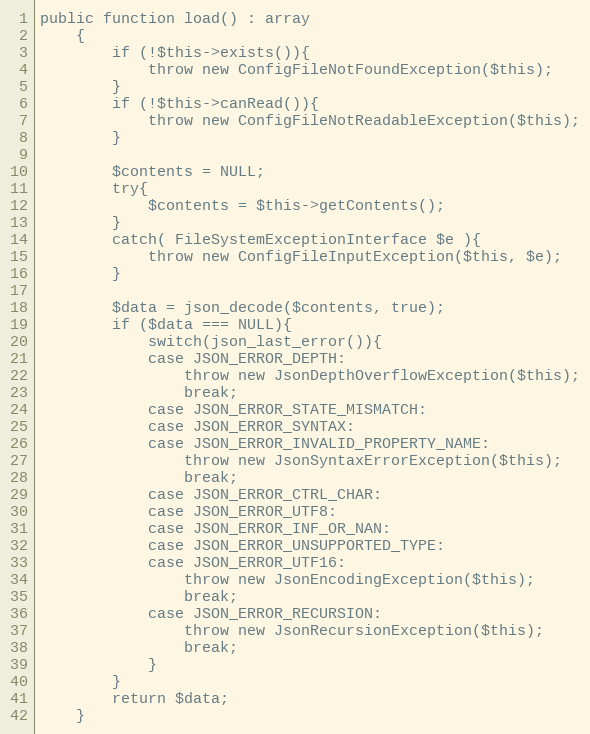
Language: PHP
public function load() : array
    {
        if (!$this->exists()){
            throw new ConfigFileNotFoundException($this);
        }
        if (!$this->canRead()){
            throw new ConfigFileNotReadableException($this);
        }

        $contents = NULL;
        try{
            $contents = $this->getContents();
        }
        catch( FileSystemExceptionInterface $e ){
            throw new ConfigFileInputException($this, $e);
        }

        $data = json_decode($contents, true);
        if ($data === NULL){
            switch(json_last_error()){
            case JSON_ERROR_DEPTH:
                throw new JsonDepthOverflowException($this);
                break;
            case JSON_ERROR_STATE_MISMATCH:
            case JSON_ERROR_SYNTAX:
            case JSON_ERROR_INVALID_PROPERTY_NAME:
                throw new JsonSyntaxErrorException($this);
                break;
            case JSON_ERROR_CTRL_CHAR:
            case JSON_ERROR_UTF8:
            case JSON_ERROR_INF_OR_NAN:
            case JSON_ERROR_UNSUPPORTED_TYPE:
            case JSON_ERROR_UTF16:
                throw new JsonEncodingException($this);
                break;
            case JSON_ERROR_RECURSION:
                throw new JsonRecursionException($this);
                break;
            }
        }
        return $data;
    }